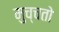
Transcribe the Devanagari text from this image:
मुच्चतो